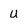
Character: u